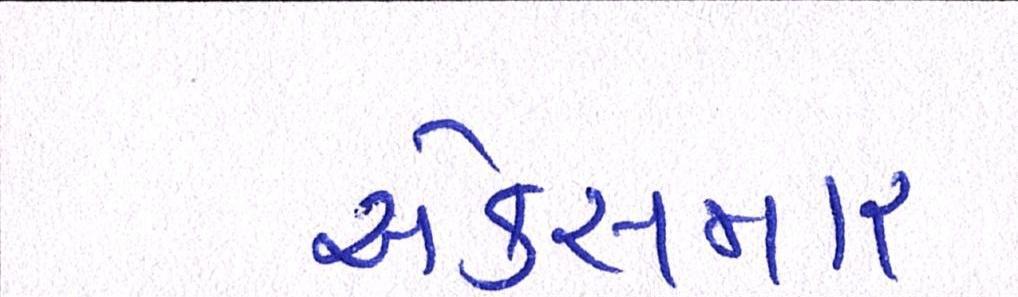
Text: એક્સમાર